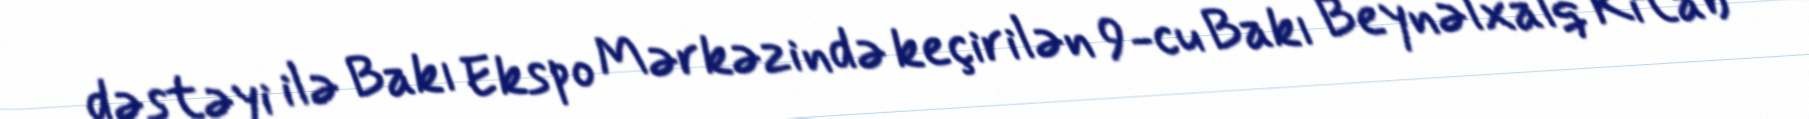
dəstəyi ilə Bakı Ekspo Mərkəzində keçirilən 9-cu Bakı Beynəlxalq Kitab